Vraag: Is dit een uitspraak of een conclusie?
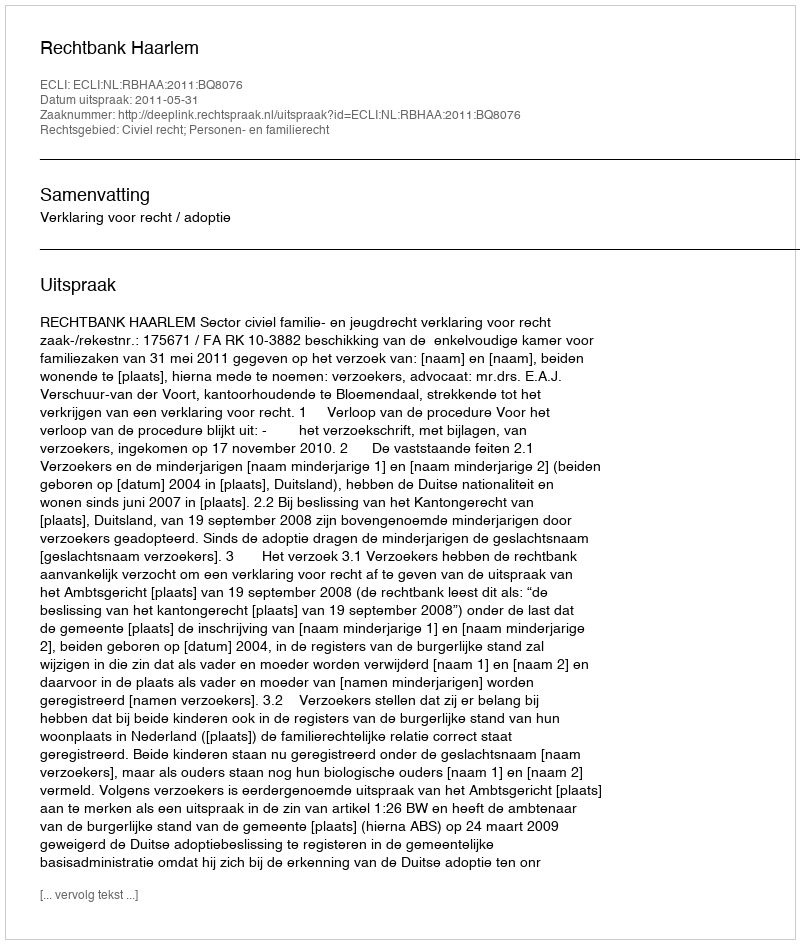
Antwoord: Uitspraak